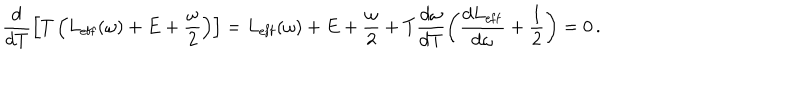
LaTeX: \frac { d } { d T } \left[ T \left( L _ { \mathrm { e f f } } ( \omega ) + E + \frac { \omega } { 2 } \right) \right] = L _ { \mathrm { e f f } } ( \omega ) + E + \frac { \omega } { 2 } + T \frac { d \omega } { d T } \left( \frac { d L _ { \mathrm { e f f } } } { d \omega } + \frac { 1 } { 2 } \right) = 0 \, .